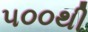
૫૦૦થી